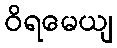
ဝိရမေယျ